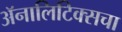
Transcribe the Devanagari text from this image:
ॲनालिटिक्सचा